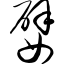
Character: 嬖